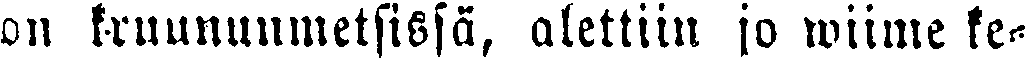
on kruununmetsissä, alettiin jo wiime ke-